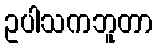
ဥပါသကဘူတာ